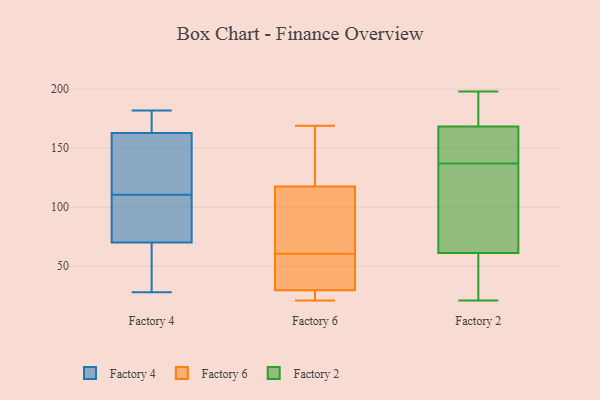
{"axis": {"x": "Demand Index", "y": "Value"}, "legend": ["Factory 2", "Factory 4", "Factory 6"], "data": [{"x": "", "y": 68, "type": "Factory 4"}, {"x": "", "y": 117, "type": "Factory 4"}, {"x": "", "y": 28, "type": "Factory 4"}, {"x": "", "y": 169, "type": "Factory 4"}, {"x": "", "y": 100, "type": "Factory 4"}, {"x": "", "y": 176, "type": "Factory 4"}, {"x": "", "y": 163, "type": "Factory 4"}, {"x": "", "y": 123, "type": "Factory 4"}, {"x": "", "y": 137, "type": "Factory 4"}, {"x": "", "y": 87, "type": "Factory 4"}, {"x": "", "y": 30, "type": "Factory 4"}, {"x": "", "y": 70, "type": "Factory 4"}, {"x": "", "y": 182, "type": "Factory 4"}, {"x": "", "y": 104, "type": "Factory 4"}, {"x": "", "y": 127, "type": "Factory 6"}, {"x": "", "y": 169, "type": "Factory 6"}, {"x": "", "y": 62, "type": "Factory 6"}, {"x": "", "y": 59, "type": "Factory 6"}, {"x": "", "y": 68, "type": "Factory 6"}, {"x": "", "y": 45, "type": "Factory 6"}, {"x": "", "y": 21, "type": "Factory 6"}, {"x": "", "y": 23, "type": "Factory 6"}, {"x": "", "y": 28, "type": "Factory 6"}, {"x": "", "y": 108, "type": "Factory 6"}, {"x": "", "y": 163, "type": "Factory 6"}, {"x": "", "y": 31, "type": "Factory 6"}, {"x": "", "y": 149, "type": "Factory 2"}, {"x": "", "y": 43, "type": "Factory 2"}, {"x": "", "y": 127, "type": "Factory 2"}, {"x": "", "y": 164, "type": "Factory 2"}, {"x": "", "y": 137, "type": "Factory 2"}, {"x": "", "y": 131, "type": "Factory 2"}, {"x": "", "y": 178, "type": "Factory 2"}, {"x": "", "y": 170, "type": "Factory 2"}, {"x": "", "y": 150, "type": "Factory 2"}, {"x": "", "y": 21, "type": "Factory 2"}, {"x": "", "y": 54, "type": "Factory 2"}, {"x": "", "y": 196, "type": "Factory 2"}, {"x": "", "y": 198, "type": "Factory 2"}, {"x": "", "y": 83, "type": "Factory 2"}, {"x": "", "y": 22, "type": "Factory 2"}]}